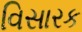
વિસારક